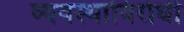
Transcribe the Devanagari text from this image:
व्यवस्थाविरोधी